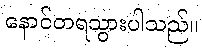
နောင်တရသွားပါသည်။